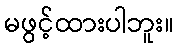
မဖွင့်ထားပါဘူး။